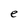
Character: e